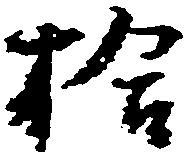
拾